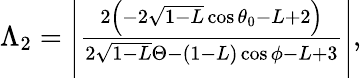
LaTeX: \begin{array}{r}{\Lambda_{2}=\left|\frac{2\left(-2\sqrt{1-L}\cos\theta_{0}-L+2\right)}{2\sqrt{1-L}\Theta-(1-L)\cos\phi-L+3}\right|,}\end{array}